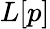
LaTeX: L[p]